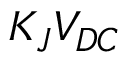
K _ { J } V _ { D C }